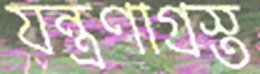
যন্ত্রণাগ্রস্ত